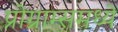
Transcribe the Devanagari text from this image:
प्रोग्राम्समध्ये